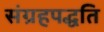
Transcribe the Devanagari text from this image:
संग्रहपद्धति